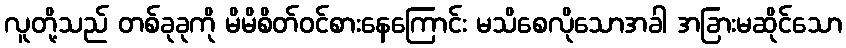
လူတို့သည် တစ်ခုခုကို မိမိစိတ်ဝင်စားနေကြောင်း မသိစေလိုသောအခါ အခြားမဆိုင်သော